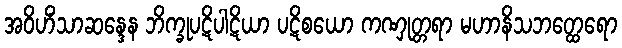
အဝိဟိံသာဆန္ဒေန ဘိက္ခုပဋိပါဋိယာ ပဋိစယော ကဏှုတ္တရာ မဟာနိသဘတ္ထေရော